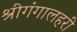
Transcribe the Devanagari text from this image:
श्रीगंगालहरी